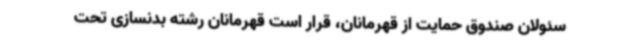
سئولان صندوق حمایت از قهرمانان، قرار است قهرمانان رشته بدنسازی تحت